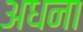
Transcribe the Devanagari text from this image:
अधना